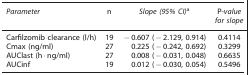
<table><thead><tr><td><b><i>Parameter</i></b></td><td><b>n</b></td><td><b><i>Slope (95</i>% <i>CI)</i>a</b></td><td><b>P-<i>value for slope</i></b></td></tr></thead><tbody><tr><td>Carfilzomib clearance (l/h)</td><td>19</td><td>−0.607 (−2.129, 0.914)</td><td>0.4114</td></tr><tr><td>Cmax (ng/ml)</td><td>27</td><td>0.225 (−0.242, 0.692)</td><td>0.3299</td></tr><tr><td>AUClast (h·ng/ml)</td><td>27</td><td>0.008 (−0.031, 0.048)</td><td>0.6635</td></tr><tr><td>AUCinf</td><td>19</td><td>0.012 (−0.030, 0.054)</td><td>0.5496</td></tr></tbody></table>